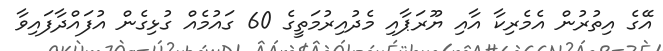
އޭގެ އިތުރުން އެމެރިކާ އާއި ޔޫރަޕާއި މެދުއިރުމަތީގެ 60 ގައުމެއް ގުޅިގެން އުފައްދާފައިވާ